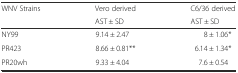
| WNV Strains | Vero derived | C6/36 derived |
 |  | AST ± SD | AST ± SD |
 | --- | --- | --- |
 | NY99 | 9.14 ± 2.47 | 8 ± 1.06* |
 | PR423 | 8.66 ± 0.81** | 6.14 ± 1.34* |
 | PR20wh | 9.33 ± 4.04 | 7.6 ± 0.54 |